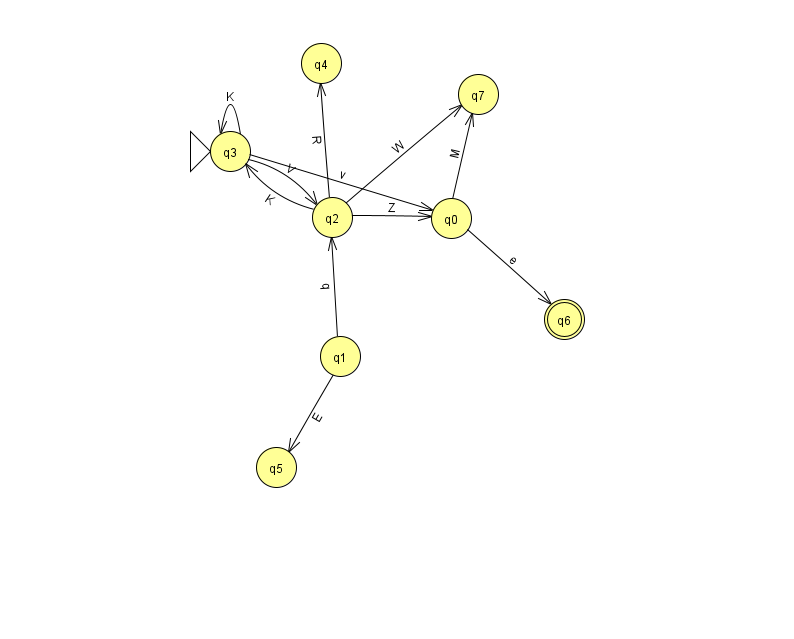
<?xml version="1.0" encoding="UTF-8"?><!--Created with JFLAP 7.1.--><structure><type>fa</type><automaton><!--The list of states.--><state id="0" name="q0"><x>451.0</x><y>205.0</y></state><state id="1" name="q1"><x>340.0</x><y>343.0</y></state><state id="2" name="q2"><x>332.0</x><y>204.0</y></state><state id="3" name="q3"><x>230.0</x><y>138.0</y><initial/></state><state id="4" name="q4"><x>321.0</x><y>50.0</y></state><state id="5" name="q5"><x>276.0</x><y>454.0</y></state><state id="6" name="q6"><x>564.0</x><y>306.0</y><final/></state><state id="7" name="q7"><x>478.0</x><y>81.0</y></state><!--The list of transitions.--><transition><from>3</from><to>2</to><read>V</read></transition><transition><from>1</from><to>2</to><read>q</read></transition><transition><from>3</from><to>0</to><read>v</read></transition><transition><from>2</from><to>4</to><read>R</read></transition><transition><from>2</from><to>7</to><read>W</read></transition><transition><from>1</from><to>5</to><read>E</read></transition><transition><from>2</from><to>0</to><read>Z</read></transition><transition><from>3</from><to>3</to><read>K</read></transition><transition><from>2</from><to>3</to><read>K</read></transition><transition><from>0</from><to>6</to><read>e</read></transition><transition><from>0</from><to>7</to><read>M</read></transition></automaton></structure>